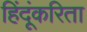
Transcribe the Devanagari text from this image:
हिंदूंकरिता